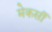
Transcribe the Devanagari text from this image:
मेकर्सी